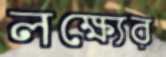
লক্ষ্যের